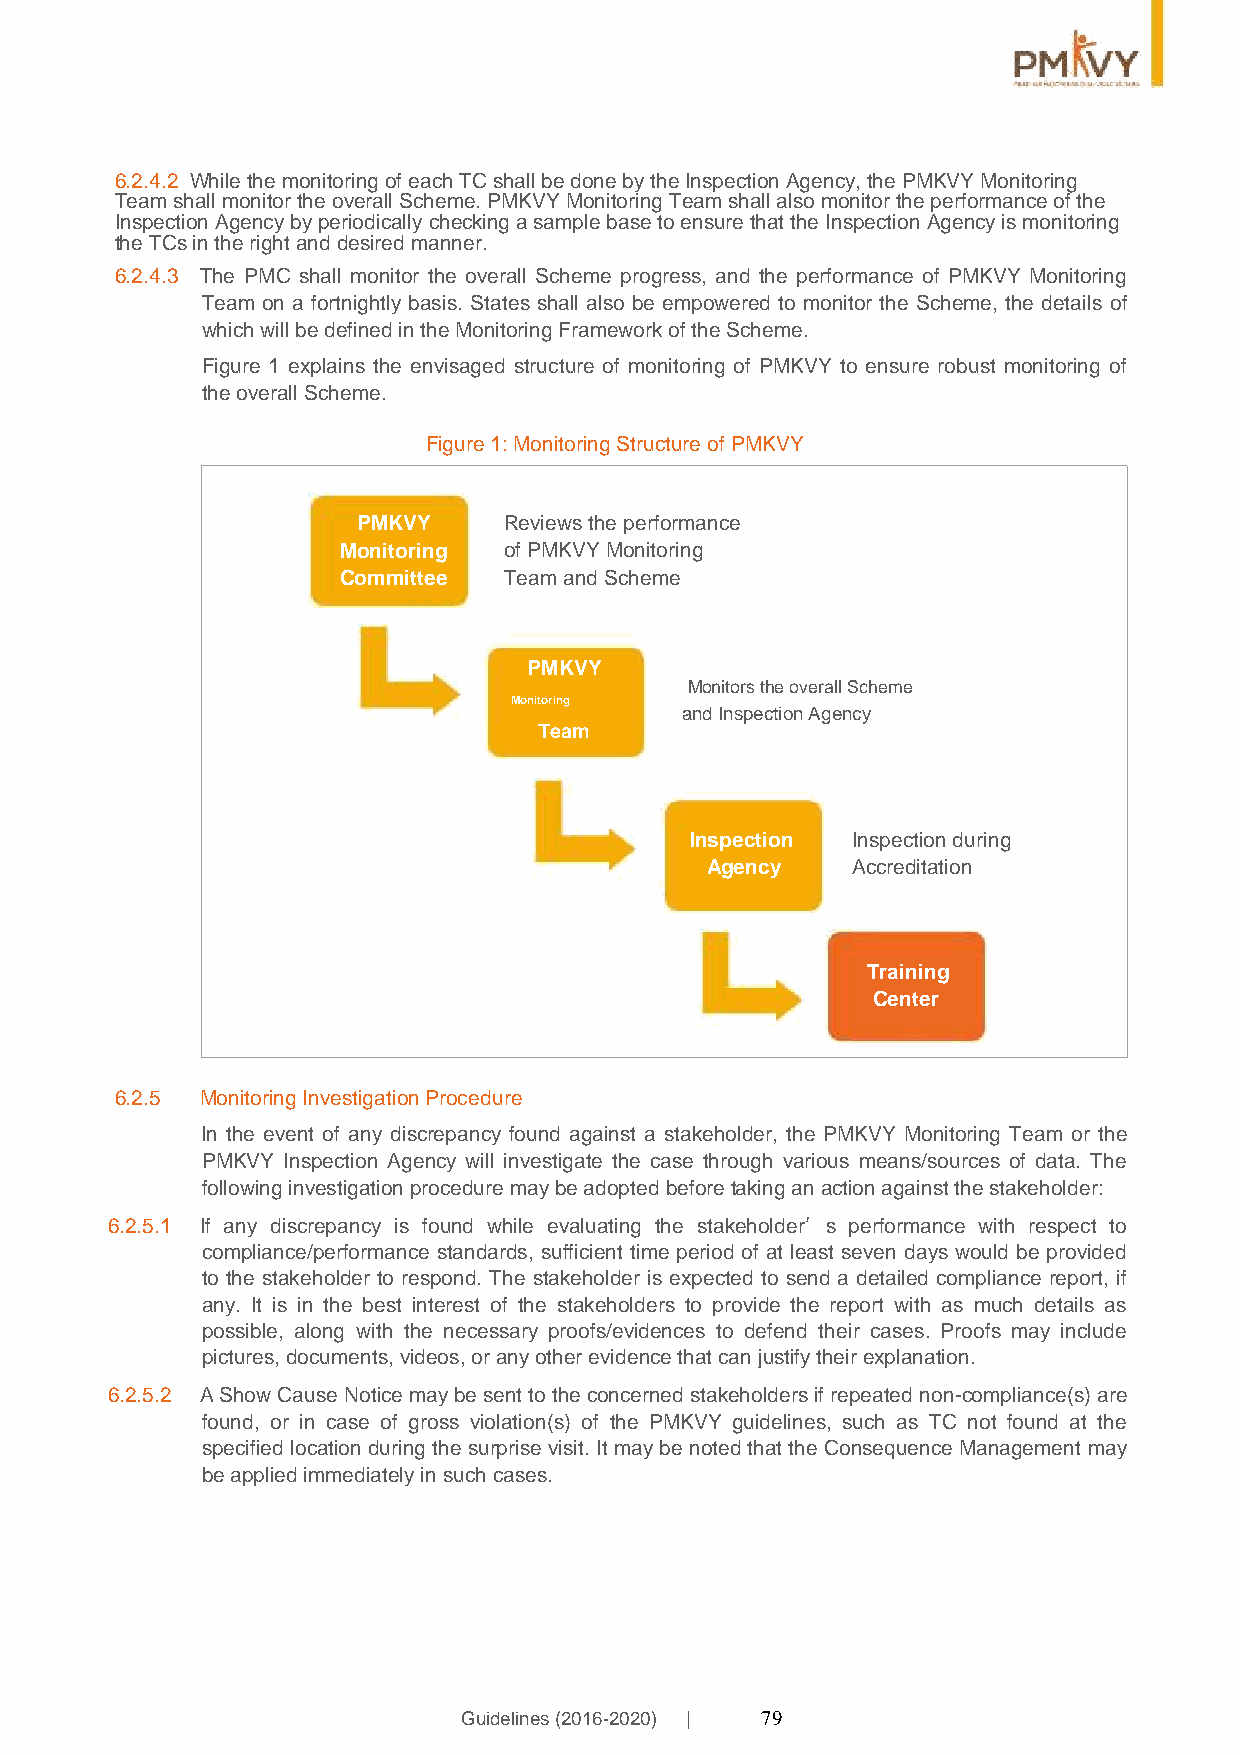
6.2.4.2 While the monitoring of each TC shall be done by the Inspection Agency, the PMKVY Monitoring
 Team shall monitor the overall Scheme. PMKVY Monitoring Team shall also monitor the performance of the
 Inspection Agency by periodically checking a sample base to ensure that the Inspection Agency is monitoring
 the TCs in the right and desired manner.
 6.2.4.3 The PMC shall monitor the overall Scheme progress, and the performance of PMKVY Monitoring
 Team on a fortnightly basis. States shall also be empowered to monitor the Scheme, the details of
 which will be defined in the Monitoring Framework of the Scheme.
 Figure 1 explains the envisaged structure of monitoring of PMKVY to ensure robust monitoring of
 the overall Scheme.
 Figure 1: Monitoring Structure of PMKVY
 PMKVY    Reviews the performance
 Monitoring of PMKVY Monitoring
 Committee Team and Scheme
 PMKVY
 Monitors the overall Scheme
 Monitoring
 and Inspection Agency
 Team
 Inspection Inspection during
 Agency   Accreditation
 Training
 Center
 6.2.5 Monitoring Investigation Procedure
 In the event of any discrepancy found against a stakeholder, the PMKVY Monitoring Team or the
 PMKVY Inspection Agency will investigate the case through various means/sources of data. The
 following investigation procedure may be adopted before taking an action against the stakeholder:
 6.2.5.1 If any discrepancy is found while evaluating the stakeholder’s performance with respect to
 compliance/performance standards, sufficient time period of at least seven days would be provided
 to the stakeholder to respond. The stakeholder is expected to send a detailed compliance report, if
 any. It is in the best interest of the stakeholders to provide the report with as much details as
 possible, along with the necessary proofs/evidences to defend their cases. Proofs may include
 pictures, documents, videos, or any other evidence that can justify their explanation.
 6.2.5.2 A Show Cause Notice may be sent to the concerned stakeholders if repeated non-compliance(s) are
 found, or in case of gross violation(s) of the PMKVY guidelines, such as TC not found at the
 specified location during the surprise visit. It may be noted that the Consequence Management may
 be applied immediately in such cases.
 Guidelines (2016-2020) | 79